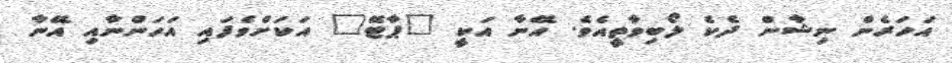
އަހަރެން ނިޝާން ދެކެ ލޯބިވާތީއެވެ. އޭނާ އަކީ "ޕާޓޭ" އަކަށްވެފައި އަހަންނާއި އޭނާ